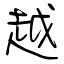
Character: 越